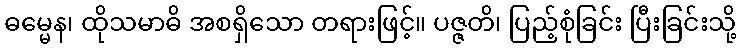
ဓမ္မေန၊ ထိုသမာဓိ အစရှိသော တရားဖြင့်။ ပဇ္ဇတိ၊ ပြည့်စုံခြင်း ပြီးခြင်းသို့